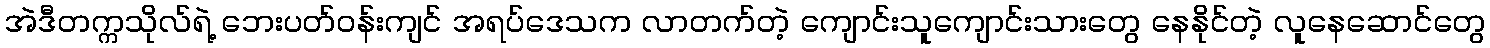
အဲဒီတက္ကသိုလ်ရဲ့ ဘေးပတ်ဝန်းကျင် အရပ်ဒေသက လာတက်တဲ့ ကျောင်းသူကျောင်းသားတွေ နေနိုင်တဲ့ လူနေဆောင်တွေ